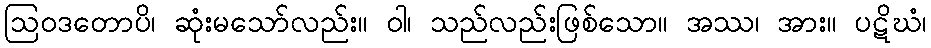
ဩဝဒတောပိ၊ ဆုံးမသော်လည်း။ ဝါ၊ သည်လည်းဖြစ်သော။ အဿ၊ အား။ ပဋိဃံ၊